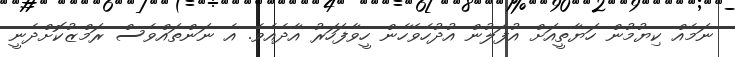
ނަމެއް ކިޔުމުން ހަޔާތީއަށް އުފަލުން އުދުހެވޭހެން ހީވާފަހަރު އާދެއެވެ. އެ ނަންތައްވެސް ރަމްޒުކޮށްދެނީ